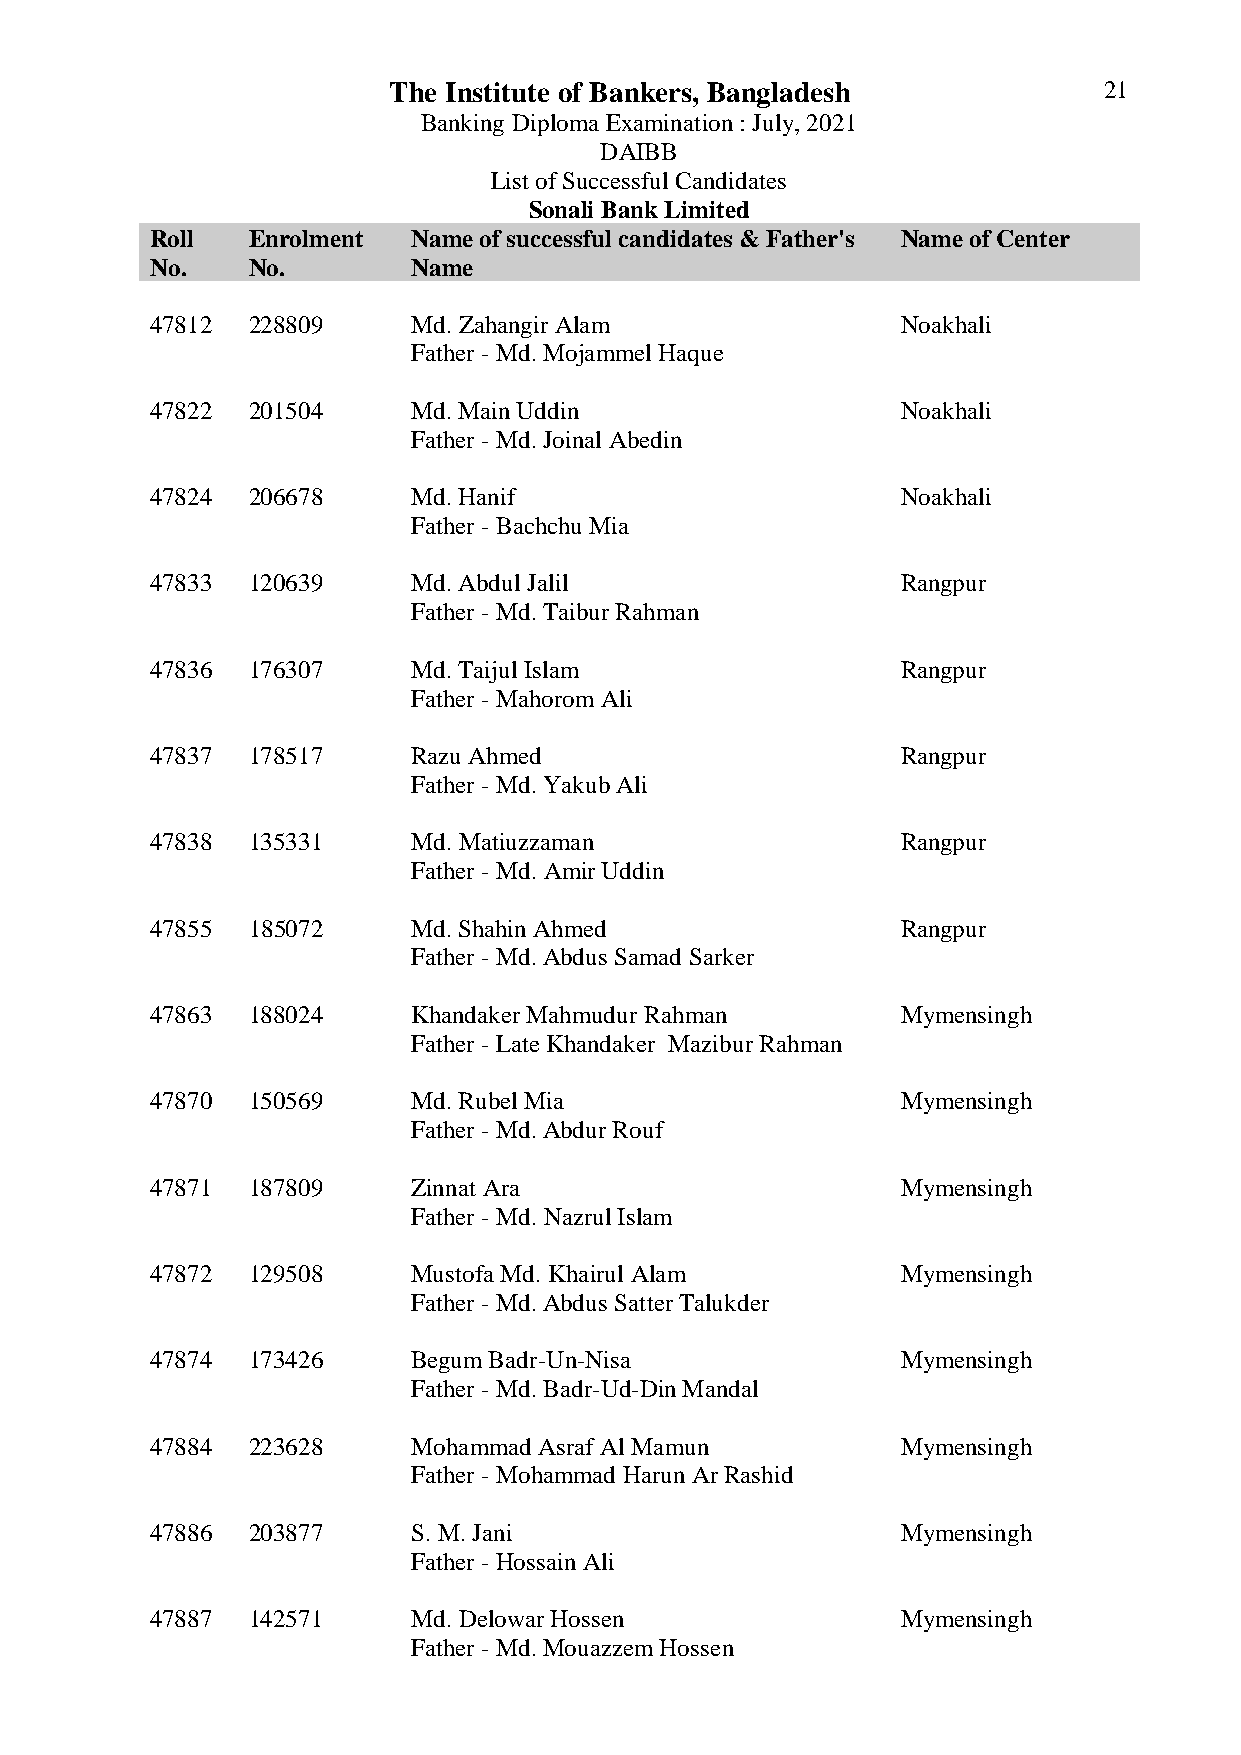
The Institute of Bankers, Bangladesh           21
 Banking Diploma Examination : July, 2021
 DAIBB
 List of Successful Candidates
 Sonali Bank Limited
 Roll  Enrolment  Name of successful candidates & Father's Name of Center
 No.   No.        Name
 47812 228809     Md. Zahangir Alam                Noakhali
 Father - Md. Mojammel Haque
 47822 201504     Md. Main Uddin                   Noakhali
 Father - Md. Joinal Abedin
 47824 206678     Md. Hanif                        Noakhali
 Father - Bachchu Mia
 47833 120639     Md. Abdul Jalil                  Rangpur
 Father - Md. Taibur Rahman
 47836 176307     Md. Taijul Islam                 Rangpur
 Father - Mahorom Ali
 47837 178517     Razu Ahmed                       Rangpur
 Father - Md. Yakub Ali
 47838 135331     Md. Matiuzzaman                  Rangpur
 Father - Md. Amir Uddin
 47855 185072     Md. Shahin Ahmed                 Rangpur
 Father - Md. Abdus Samad Sarker
 47863 188024     Khandaker Mahmudur Rahman        Mymensingh
 Father - Late Khandaker Mazibur Rahman
 47870 150569     Md. Rubel Mia                    Mymensingh
 Father - Md. Abdur Rouf
 47871 187809     Zinnat Ara                       Mymensingh
 Father - Md. Nazrul Islam
 47872 129508     Mustofa Md. Khairul Alam         Mymensingh
 Father - Md. Abdus Satter Talukder
 47874 173426     Begum Badr-Un-Nisa               Mymensingh
 Father - Md. Badr-Ud-Din Mandal
 47884 223628     Mohammad Asraf Al Mamun          Mymensingh
 Father - Mohammad Harun Ar Rashid
 47886 203877     S. M. Jani                       Mymensingh
 Father - Hossain Ali
 47887 142571     Md. Delowar Hossen               Mymensingh
 Father - Md. Mouazzem Hossen